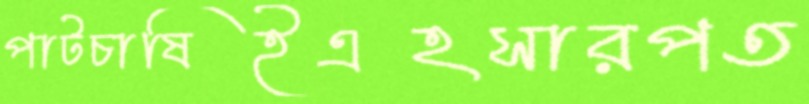
পাটচাষিইএহসারপত